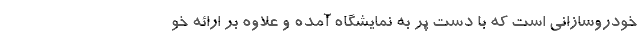
خودروسازانی است که با دست پر به نمایشگاه آمده و علاوه بر ارائه خو